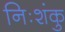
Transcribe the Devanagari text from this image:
निःशंकु